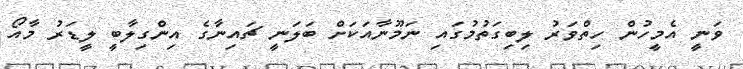
ވަނީ އެމީހުން ހިތްވަރު ލިބިގަތުމުގައި ނަމޫނާއަކަށް ބަލަނީ ޗައިނާގެ އިންގިލާބީ ލީޑަރު މާއޯ